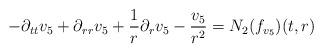
LaTeX: \begin{align*} -\partial_{tt}v_{5}+\partial_{rr}v_{5}+\frac{1}{r}\partial_{r}v_{5}-\frac{v_{5}}{r^{2}} = N_{2}(f_{v_{5}})(t,r)\end{align*}